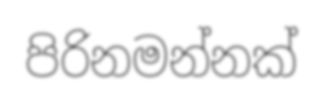
පිරිනමන්නක්